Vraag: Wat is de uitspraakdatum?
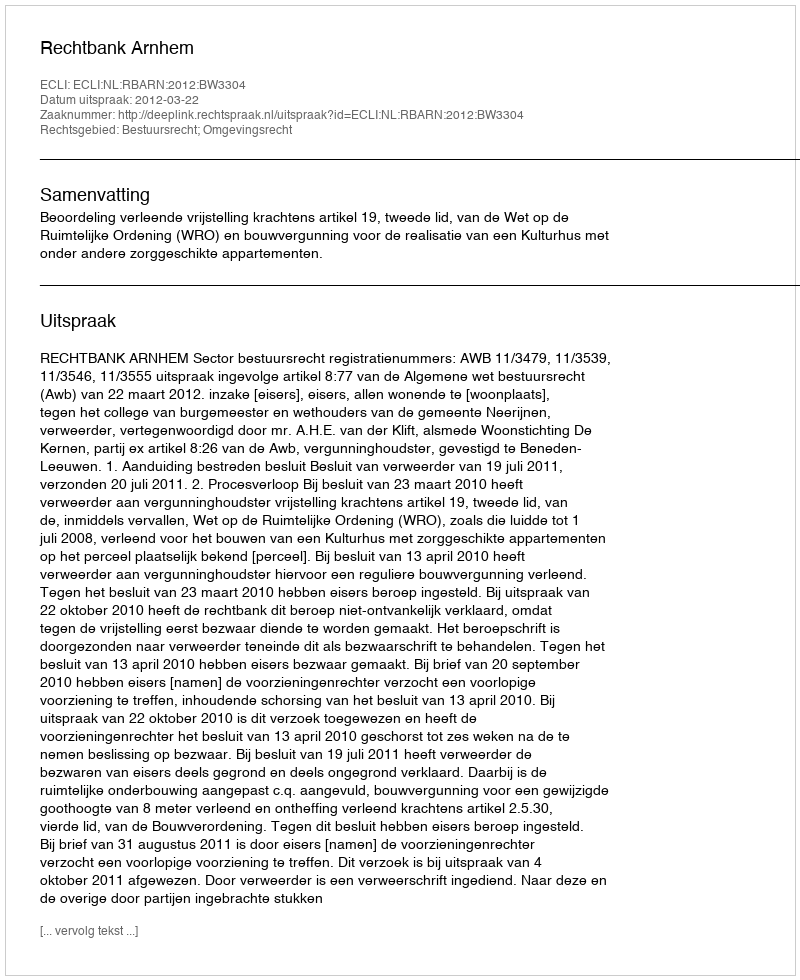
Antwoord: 2012-03-22